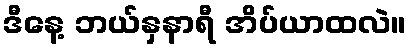
ဒီနေ့ ဘယ်နှနာရီ အိပ်ယာထလဲ။